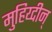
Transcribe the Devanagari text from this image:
मुहिय्दीन्